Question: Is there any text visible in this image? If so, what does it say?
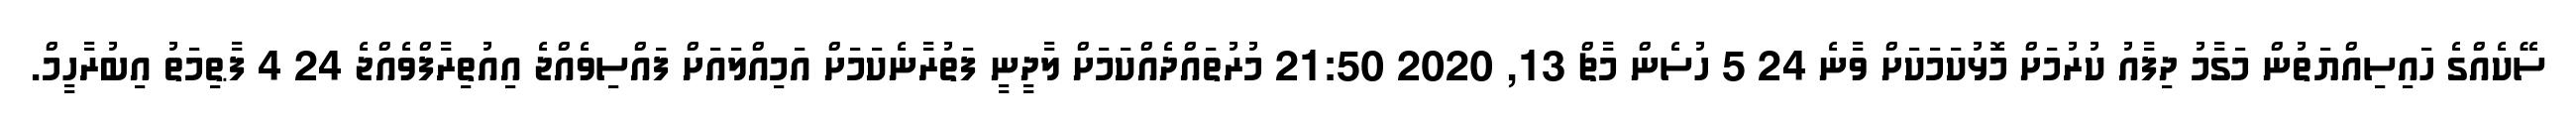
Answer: ސޭކެއްގެ ހައިސިއްޔަތުން މަގާމު ދިފާއު ކުރުމަށް މޮޅުކަމަކަށް ވާނެ 24 5 ހުސެން މާޗް 13, 2020 21:50 މުރުތައްދެއްކަމަށް ލާދީނީ ފަތުރާނެކަމަށް އަމިއްލައަށް ފައްސިވެއްޖެ އިއުތިރާފްވެއްޖެ 24 4 ފާޠިމަތު އިބުރާހީމް.